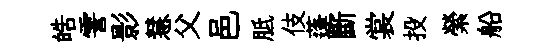
皓霅影慧父邑胝伎蓬斷裳投縈船